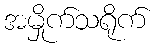
အမှိုက်သရိုက်